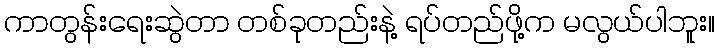
ကာတွန်းရေးဆွဲတာ တစ်ခုတည်းနဲ့ ရပ်တည်ဖို့က မလွယ်ပါဘူး။